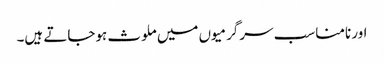
اور نامناسب سرگرمیوں میں ملوث ہوجاتے ہیں۔